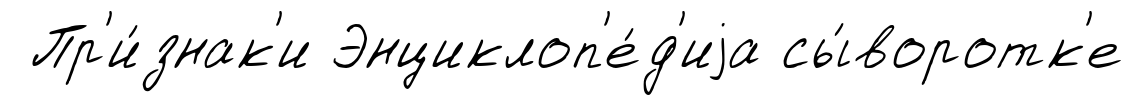
Пр'и́знак'и Энциклоп'е́д'иjа сы́воротк'е